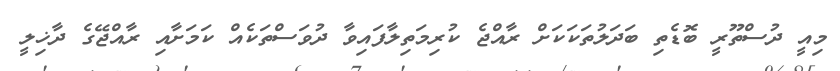
މިއީ ދުސްތޫރީ ބޮޑެތި ބަދަލުތަކަކަށް ރާއްޖެ ކުރިމަތިލާފައިވާ ދުވަސްތަކެއް ކަމަށާއި ރާއްޖޭގެ ދާޚިލީ